Lunatic asylums in Bengal annual reports 1888-1898 - 1888-1898
Year: 1888
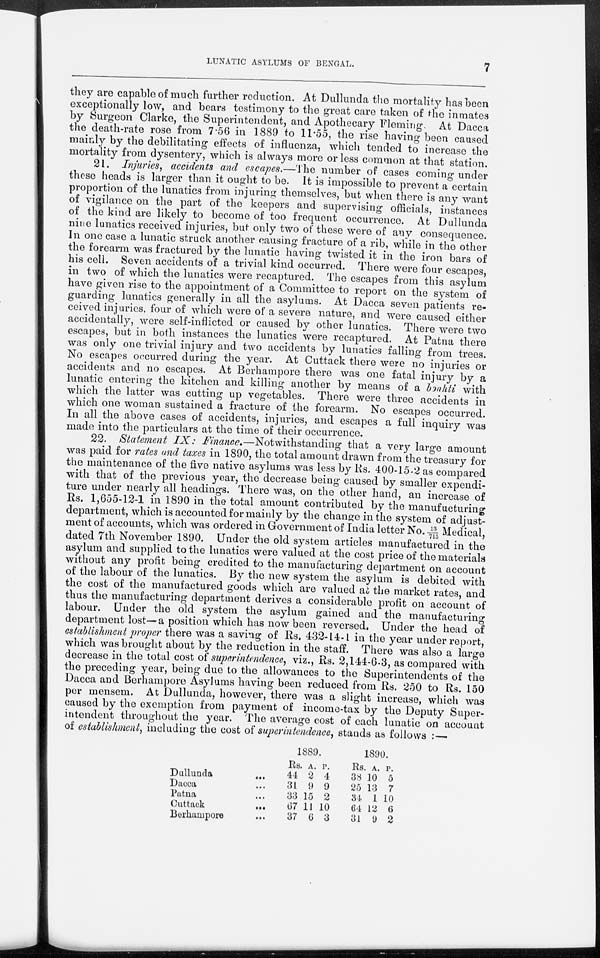
LUNATIC ASYLUMS OF BENGAL.
7
they are capable of much, further reduction. At Dullunda the mortality has been
exceptionally low, and bears testimony to the great care taken of the inmates
by Surgeon Clarke, the Superintendent, and Apothecary Fleming. At Dacca
the death-rate rose from 7.56 in 1889 to 11.55, the rise having been caused
mainly by the debilitating effects of influenza, which tended to increase the
mortality from dysentery, which is always more or less common at that station.
21. Injuries, accidents and escapes.—The number of cases coming under
these heads is larger than it ought to be. It is impossible to prevent a certain
proportion of the lunatics from injuring themselves, but when there is any want
of vigilance on the part of the keepers and supervising officials, instances
of the kind are likely to become of too frequent occurrence. At Dullunda
nine lunatics received injuries, but only two of these were of any consequence.
In one case a lunatic struck another causing fracture of a rib, while in the other
the forearm was fractured by the lunatic having twisted it in the iron bars of
his cell. Seven accidents of a trivial kind occurred. There were four escapes,
in two of which the lunatics were recaptured. The escapes from this asylum
have given rise to the appointment of a Committee to report on the system of
guarding lunatics generally in all the asylums. At Dacca seven patients re-
ceived injuries, four of which were of a severe nature, and were caused either
accidentally, were self-inflicted or caused by other lunatics. There were two
escapes, but in both instances the lunatics were recaptured. At Patna there
was only one trivial injury and two accidents by lunatics falling from trees.
No escapes occurred during the year. At Cuttack there were no injuries or
accidents and no escapes. At Berhampore there was one fatal injury by a
lunatic entering the kitchen and killing another by means of a bonhti with
which the latter was cutting up vegetables. There were three accidents in
which one woman sustained a fracture of the forearm. No escapes occurred.
In all the above cases of accidents, injuries, and escapes a full inquiry was
made into the particulars at the time of their occurrence.
22. Statement IX: Finance.—Notwithstanding
that a very large amount
was paid for rates and taxes in 1890, the total amount drawn from the treasury for
the maintenance of the five native asylums was less by Rs. 400-15-2 as compared
with that of the previous year, the decrease being caused by smaller expendi-
ture under nearly all headings. There was, on the other hand, an increase of
Rs. 1,655-12-1 in 1890 in the total amount contributed by the manufacturing
department, which is accounted for mainly by the change in the system of adjust-
ment of accounts, which was ordered in Government of India letter No. 13/715 Medical,
dated 7th November 1890. Under the old system articles manufactured in the
asylum and supplied to the lunatics were valued at the cost price of the materials
without any profit being credited to the manufacturing department on account
of the labour of the lunatics. By the new system the asylum is debited with
the cost of the manufactured goods which are valued at the market rates, and
thus the manufacturing department derives a considerable profit on account of
labour. Under the old system the asylum gained and the manufacturing
department lost—a position which has now been reversed. Under the head of
establishment proper there was a saving of Rs. 432-14-1 in the year under report,
which was brought about by the reduction in the staff. There was also a large
decrease in the total cost of superintendence, viz., Rs. 2,144-6-3, as compared with
the preceding year, being due to the allowances to the Superintendents of the
Dacca and Berhampore Asylums having been reduced from Rs. 250 to Rs. 150
per mensem. At Dullunda, however, there was a slight increase, which was
caused by the exemption from payment of income-tax by the Deputy Super-
intendent throughout the year. The average cost of each lunatic on account
of establishment, including the cost of superintendence, stands as follows :—
Dullunda
...
Dacca ...
Patna ...
Cuttack
...
Berhampore...
1889.
Rs.
44
31
33
67
37
A.
2
9
15
11
6
P.
4
9
2
10
3
1890.
Rs.
38
25
34
64
31
A.
10
13
1
12
9
P
5
7
10
6
2